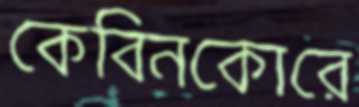
কেবিনকোরে